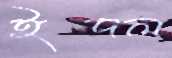
ইদল